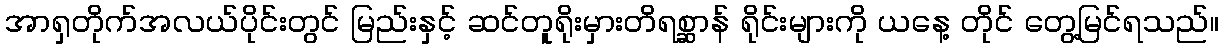
အာရှတိုက်အလယ်ပိုင်းတွင် မြည်းနှင့် ဆင်တူရိုးမှားတိရစ္ဆာန် ရိုင်းများကို ယနေ့ တိုင် တွေ့မြင်ရသည်။